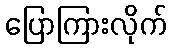
ပြောကြားလိုက်